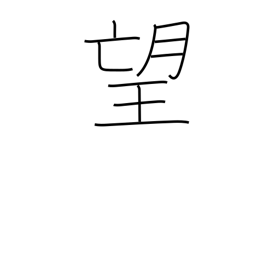
Meaning: ambition